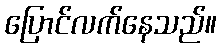
ပြောင်လက်နေသည်။